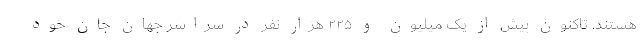
هستند. تاکنون بیش از یک میلیون و ۲۲۵ هزار نفر در سراسر جهان جان خود